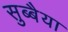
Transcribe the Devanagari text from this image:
सुब्बैया